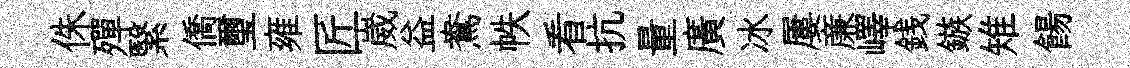
侏殫繄僑璽雍匠崴益鴦帙看抗量廣冰屢亷嶧銭鏃雉餳